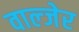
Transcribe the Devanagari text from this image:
वाल्जेर